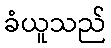
ခံယူသည်